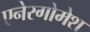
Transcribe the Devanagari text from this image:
एनेरगोमेश